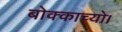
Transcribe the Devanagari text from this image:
बोक्काच्यो।